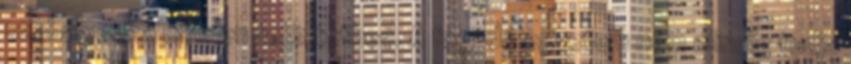
szabályozza minden tekintetben. A fogadó egyetem nem mindig tudja